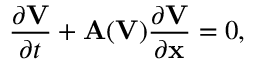
\frac { \partial \mathbf { V } } { \partial t } + \mathbf { A } ( \mathbf { V } ) \frac { \partial \mathbf { V } } { \partial \mathbf { x } } = 0 ,